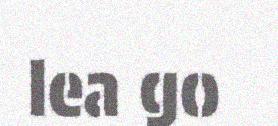
lea go